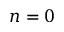
n = 0